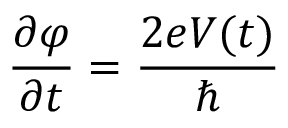
{ \frac { \partial \varphi } { \partial t } } = { \frac { 2 e V ( t ) } { \hbar } }